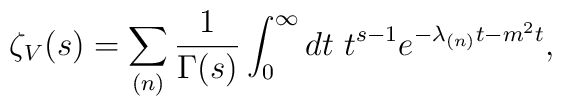
\zeta_V(s)=\sum_{(n)}\frac{1}{\Gamma (s)}\int^{\infty}_0 dt\ t^{s-1} e^{-\lambda_{(n)}t-m^2t},